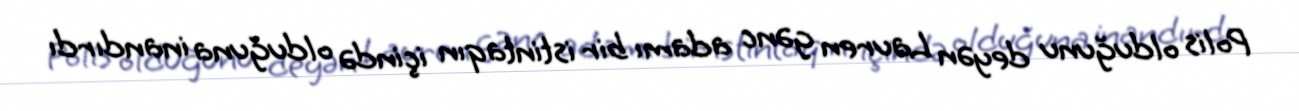
Polis olduğunu deyən Lauren gənc adamı bir istintaqın içində olduğuna inandırdı